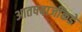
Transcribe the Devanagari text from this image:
आतषबाजींकडे